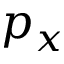
p _ { x }